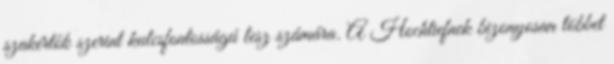
szakértők szerint kulcsfontosságú lesz számára. A Hochtiefnek bizonyosan többet